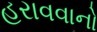
હરાવવાનો